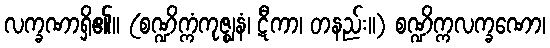
လက္ခဏာရှိ၏။ (စဏ္ဍိက္ကံကုဇ္ဈနံ၊ ဋီကာ၊ တနည်း။) စဏ္ဍိက္ကလက္ခဏော၊